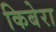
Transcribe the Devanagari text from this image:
किबेरा